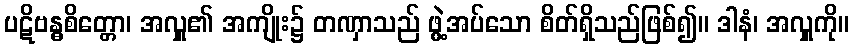
ပဋိဗန္ဓစိတ္တော၊ အလှူ၏ အကျိုး၌ တဏှာသည် ဖွဲ့အပ်သော စိတ်ရှိသည်ဖြစ်၍။ ဒါနံ၊ အလှူကို။